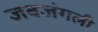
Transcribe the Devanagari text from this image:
जबजंगली